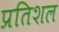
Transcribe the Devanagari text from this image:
प्रतिशल